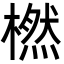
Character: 橪